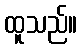
ထူသည်။